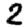
Digit: 3